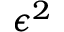
\epsilon ^ { 2 }